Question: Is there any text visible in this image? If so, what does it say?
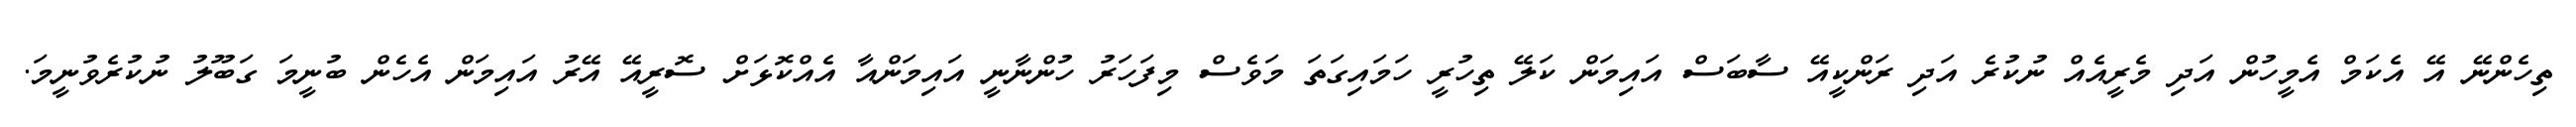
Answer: ތިހެންނޭ އޭ އެކަމް އެމީހުން އަދި މެރީއެއް ނުކުރެ އަދި ރަންކީއޭ ސާބަސް އައިމަން ކަލޭ ތިހުރީ ހަމައިގަތަ މަވެސް މިފަހަރު ހުންނާނީ އައިމަންއާ އެއްކޮޅަށް ސޮރީއޭ އޭރު އައިމަން އެހެން ބުނީމަ ގަބޫލު ނުކުރެވުނީމަ.